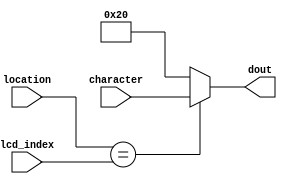
module character_and_location (
	input		   [4:0]	lcd_index,
	input		   [7:0]	character,
	input		   [4:0]	location,
	output reg	[7:0]	dout
	);
	
   always @(*)
      if (location == lcd_index)
         dout = character;
      else
         dout = " ";
	
endmodule